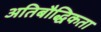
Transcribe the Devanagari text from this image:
अतिबौद्धिकता